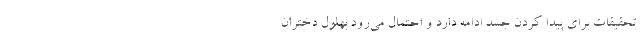
تحقیقات برای پیدا کردن جسد ادامه دارد و احتمال می‌رود بهلول دختران